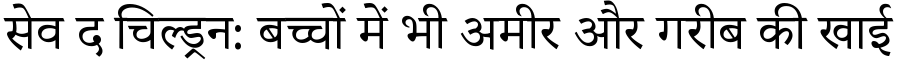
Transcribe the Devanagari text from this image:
सेव द चिल्ड्रन: बच्चों में भी अमीर और गरीब की खाई